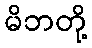
မိဘတို့